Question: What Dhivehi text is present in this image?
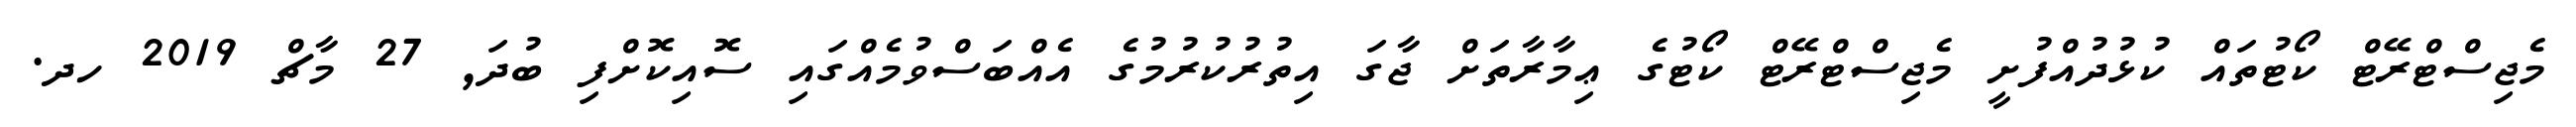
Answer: މެޖިސްޓްރޭޓް ކޯޓުތައް ކުޅުދުއްފުށީ މެޖިސްޓްރޭޓް ކޯޓުގެ ޢިމާރާތަށް ޖާގަ އިތުރުކުރުމުގެ އެއްބަސްވުމެއްގައި ސޮއިކޮށްފި ބުދަ, 27 މާޗް 2019 ހދ.